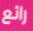
رائع